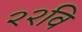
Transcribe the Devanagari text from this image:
२२वि